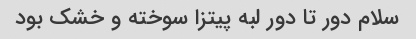
سلام دور تا دور لبه پیتزا سوخته و خشک بود